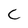
Character: c